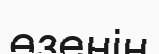
өзенін